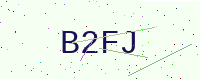
Text: B2FJ